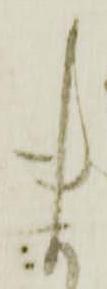
ま